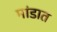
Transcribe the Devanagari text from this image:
मांडात